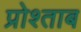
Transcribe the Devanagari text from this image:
प्रोश्ताब